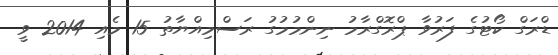
ޑްރަގް ކޯޓުގެ ފަރުވާ ޕްރޮގްރާމު ނިންމުމުގު ރަސްމިއްޔާތު 15 މެއި 2014 ވީ